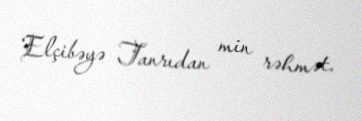
Elçibəyə Tanrıdan min rəhmət.